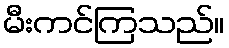
မီးကင်ကြသည်။